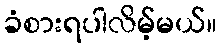
ခံစားရပါလိမ့်မယ်။